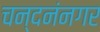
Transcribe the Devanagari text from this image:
चन्दनंनगर